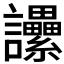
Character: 𧮢